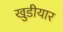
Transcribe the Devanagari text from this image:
खुडीयार